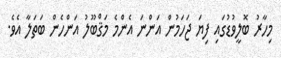
މިހާރު ބޮލީވުޑުގައި ފިޔަ ޖަހަމުން އަންނަ އެންމެ މަޤްބޫލު އަންހެން ބަތަލާ އެވެ.